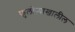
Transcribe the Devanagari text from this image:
फुलोऱ्याखालील